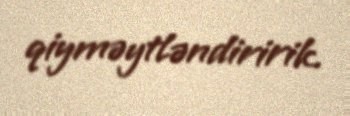
qiyməytləndiririk.